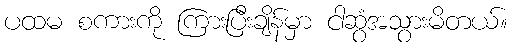
ပထမ စကားကို ကြားပြီးချိန်မှာ ငါဆွံအသွားမိတယ်။